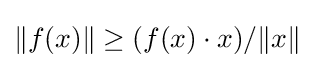
\|f(x)\|\geq (f(x)\cdot x)/\|x\|